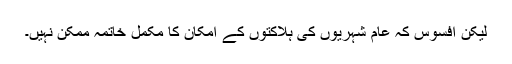
لیکن افسوس کہ عام شہریوں کی ہلاکتوں کے امکان کا مکمل خاتمہ ممکن نہیں۔